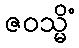
ဇဝသ္မိံ